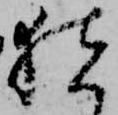
猪